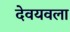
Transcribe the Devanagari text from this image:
देवयवला